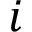
i